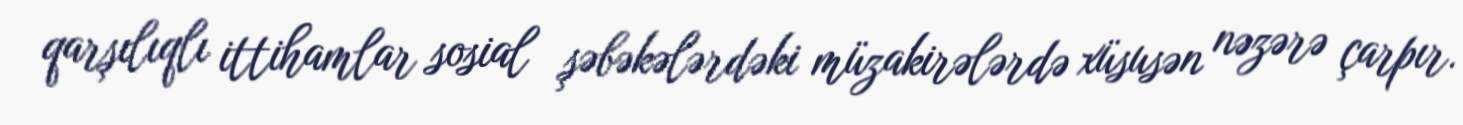
qarşılıqlı ittihamlar sosial şəbəkələrdəki müzakirələrdə xüsusən nəzərə çarpır.